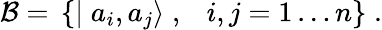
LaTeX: {\cal B}=\, \left\{ \mid a_{i},a_{j}\rangle\; ,\; \, \, \, i,j=1\ldots n\right\} \; .